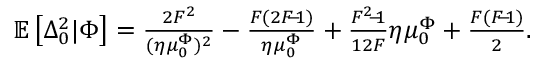
\begin{array} { r } { \mathbb { E } \left[ \Delta _ { 0 } ^ { 2 } \vert \Phi \right] = \frac { 2 F ^ { 2 } } { ( \eta \mu _ { 0 } ^ { \Phi } ) ^ { 2 } } - \frac { F ( 2 F \! \! - \! \! 1 ) } { \eta \mu _ { 0 } ^ { \Phi } } + \frac { F ^ { 2 } \! \! - \! \! 1 } { 1 2 F } \eta \mu _ { 0 } ^ { \Phi } + \frac { F ( F \! \! - \! \! 1 ) } { 2 } . } \end{array}